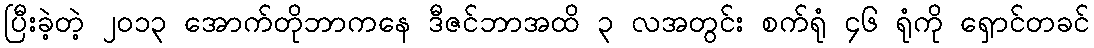
ပြီးခဲ့တဲ့ ၂၀၁၃ အောက်တိုဘာကနေ ဒီဇင်ဘာအထိ ၃ လအတွင်း စက်ရုံ ၄၆ ရုံကို ရှောင်တခင်